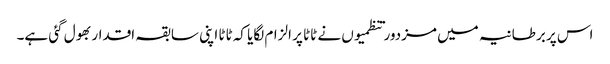
اس پر برطانیہ میں مزدور تنظمیوں نے ٹاٹا پر الزام لگایا کہ ٹاٹا اپنی سابقہ اقدار بھول گئی ہے۔